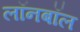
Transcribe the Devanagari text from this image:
लॉनबॉल